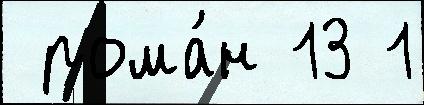
 рома́н 13 1